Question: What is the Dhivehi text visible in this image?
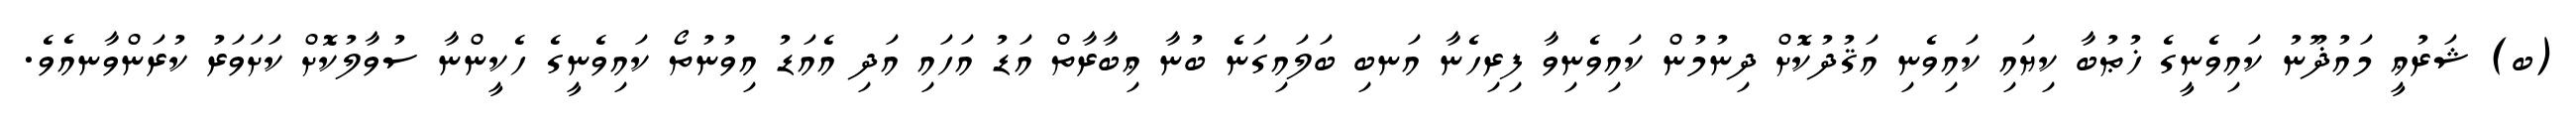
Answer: (ބ) ޝަރުޢީ މައުޛޫނު ކައިވެނީގެ ޚުޠުބާ ކިޔައި ކައިވެނި އަޤުދުކޮށް ދިނުމުން ކައިވެނިވާ ފިރިހެނާ އަނބި ބަލައިގަނެ ބުނާ ޢިބާރާތް އަޑު އަހައި އަދި އެއަޑު އިވުނުތޯ ކައިވެނީގެ ހެކީންނާ ސުވާލުކޮށް ކަށަވަރު ކުރަންވާނއެވެ.